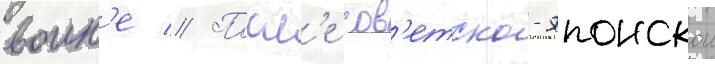
воин'е // Посл'е сов'етско-японскои